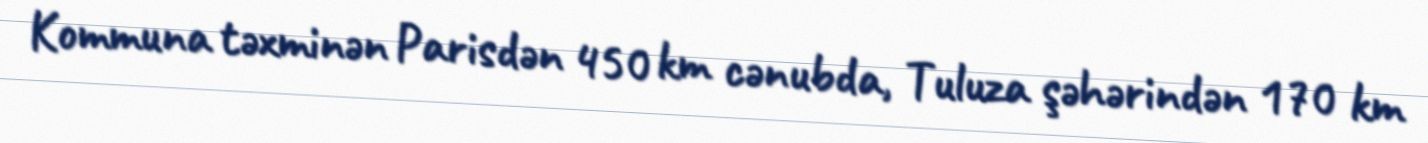
Kommuna təxminən Parisdən 450 km cənubda, Tuluza şəhərindən 170 km